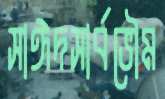
সাঈদসার্বভৌম